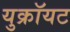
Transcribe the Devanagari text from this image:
युक्रॉयट